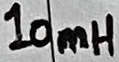
Text: 10mH